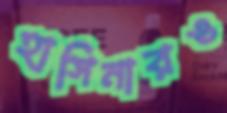
হাসিনারও